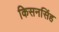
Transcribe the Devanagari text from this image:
किसनसिंह